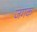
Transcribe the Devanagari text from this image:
जगक